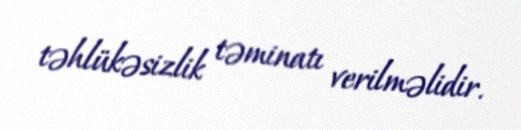
təhlükəsizlik təminatı verilməlidir.